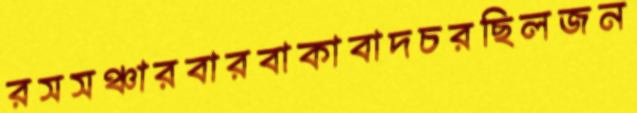
রসসঞ্চারবারবাকাবাদচরছিলজন